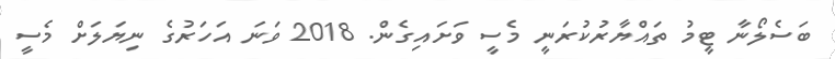
ބަސެލޯނާ ޓީމު ތައްޔާރުކުރަނީ މެސީ ވަށައިގެން. 2018 ވަނަ އަހަރުގެ ނިޔަލަށް މެސީ